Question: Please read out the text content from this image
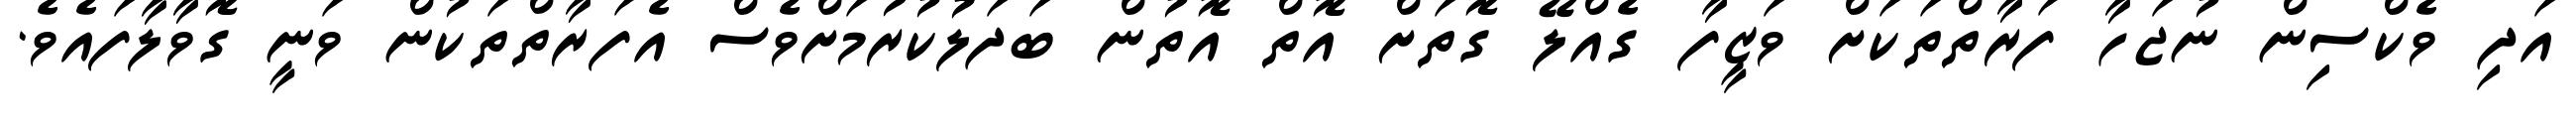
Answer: އަދި ވެކްސިން ނުޖަހާ ފަރާތްތަކަށް ވަޒީފާ ގެއްލޭ ގޮތަށް އޮތް އޮތުން ބަދަލުކުރުމަށްވެސް އެފަރާތްތަކުން ވަނީ ގޮވާލާފައެވެ.